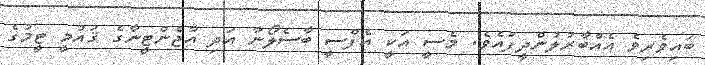
ބައިވެރިވެ އެއްބާރުލުންދީފައެވެ. މެސީ އަކީ އެފްސީ ބާސެލޯނާ އަދި އާޖެންޓީނާގެ ޤައުމީ ޓީމުގެ